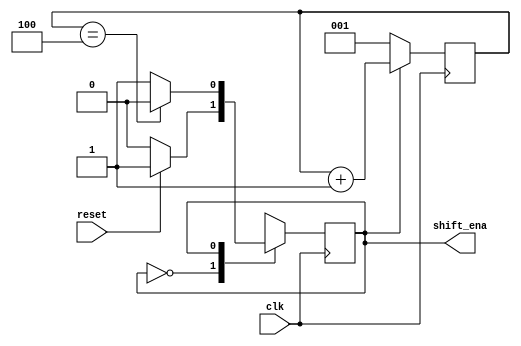
module top_module (
    input clk,
    input reset,      // Synchronous reset
    output shift_ena);
    
    parameter IDLE=1'b0, WAIT=1'b1;
    reg state, next_state;
    reg [2:0] count;
    
    always @(posedge clk) begin
		if(state == WAIT)
            count <= count + 3'b1;
        else
            count <= 3'b1;

        state <= next_state;
    end
    
    always @(*) begin
        case(state)
            IDLE : next_state <= reset ? WAIT : IDLE;
            WAIT : next_state <= count == 3'd4 ? IDLE : WAIT;
            default: next_state <= IDLE;
        endcase
    end
    
    assign shift_ena = state == WAIT;

endmodule